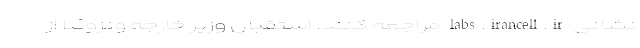
نشانی labs.irancell.ir مراجعه کنند. استقبال وزیر خارجه ونزوئلا از